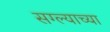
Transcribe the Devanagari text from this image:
सग्ल्याच्या